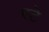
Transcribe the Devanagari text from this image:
एटे